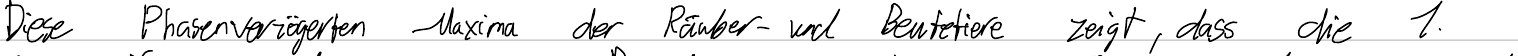
Diese Phasenverzögerten Maxima der Räuber- und Beutetiere zeigt, dass die 1.